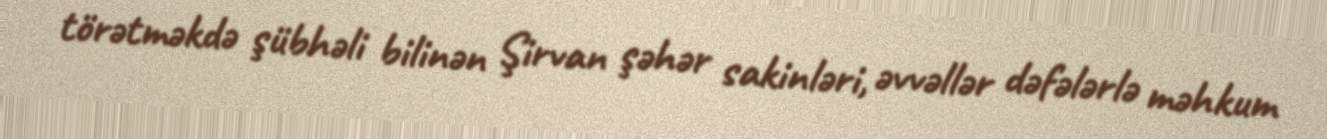
törətməkdə şübhəli bilinən Şirvan şəhər sakinləri, əvvəllər dəfələrlə məhkum